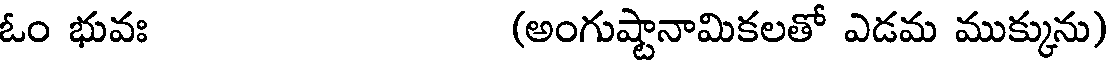
ఓం భువః (అంగుష్టానామికలతో ఎడమ ముక్కును)